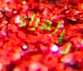
بالهراء